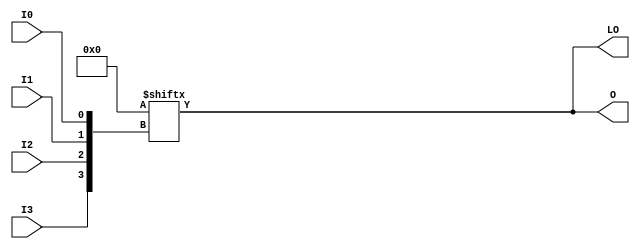
// $Header: /devl/xcs/repo/env/Databases/CAEInterfaces/verunilibs/data/unisims/LUT4_D.v,v 1.7 2007/05/23 21:43:39 patrickp Exp $
///////////////////////////////////////////////////////////////////////////////
// Copyright (c) 1995/2004 Xilinx, Inc.
// All Right Reserved.
///////////////////////////////////////////////////////////////////////////////
//   ____  ____
//  /   /\/   /
// /___/  \  /    Vendor : Xilinx
// \   \   \/     Version : 10.1
//  \   \         Description : Xilinx Functional Simulation Library Component
//  /   /                  4-input Look-Up-Table with Dual Output
// /___/   /\     Filename : LUT4_D.v
// \   \  /  \    Timestamp : Thu Mar 25 16:42:54 PST 2004
//  \___\/\___\
//
// Revision:
//    03/23/04 - Initial version.
//    02/04/05 - Rev 0.0.1 Replace premitive with function; Remove buf.
//    05/23/07 - Changed timescale to 1 ps / 1 ps.

`timescale  1 ps / 1 ps


module LUT4_D (LO, O, I0, I1, I2, I3);

  parameter INIT = 16'h0000;

  input I0, I1, I2, I3;

  output O, LO;

  reg O;
  reg tmp;
  wire LO;

  assign LO = O;

  always @(  I3 or  I2 or  I1 or  I0 )  begin
 
    tmp =  I0 ^ I1  ^ I2 ^ I3;

    if ( tmp == 0 || tmp == 1)

        O = INIT[{I3, I2, I1, I0}];

    else 
    
      O =  lut4_mux4 ( {lut4_mux4 ( INIT[15:12], {I1, I0}),
                          lut4_mux4 ( INIT[11:8], {I1, I0}),
                          lut4_mux4 ( INIT[7:4], {I1, I0}),
                          lut4_mux4 ( INIT[3:0], {I1, I0}) }, {I3, I2});
  end

  function lut4_mux4;
  input [3:0] d;
  input [1:0] s;
   
  begin

       if ((s[1]^s[0] ==1) || (s[1]^s[0] ==0))
           
           lut4_mux4 = d[s];

         else if ((d[0] === d[1]) && (d[2] === d[3]) && (d[0] === d[2])) 
           lut4_mux4 = d[0];
         else if ((s[1] == 0) && (d[0] === d[1]))
           lut4_mux4 = d[0];
         else if ((s[1] == 1) && (d[2] === d[3])) 
           lut4_mux4 = d[2];
         else if ((s[0] == 0) && (d[0] === d[2])) 
           lut4_mux4 = d[0];
         else if ((s[0] == 1) && (d[1] === d[3]))
           lut4_mux4 = d[1];
         else
           lut4_mux4 = 1'bx;
   end
  endfunction

endmodule